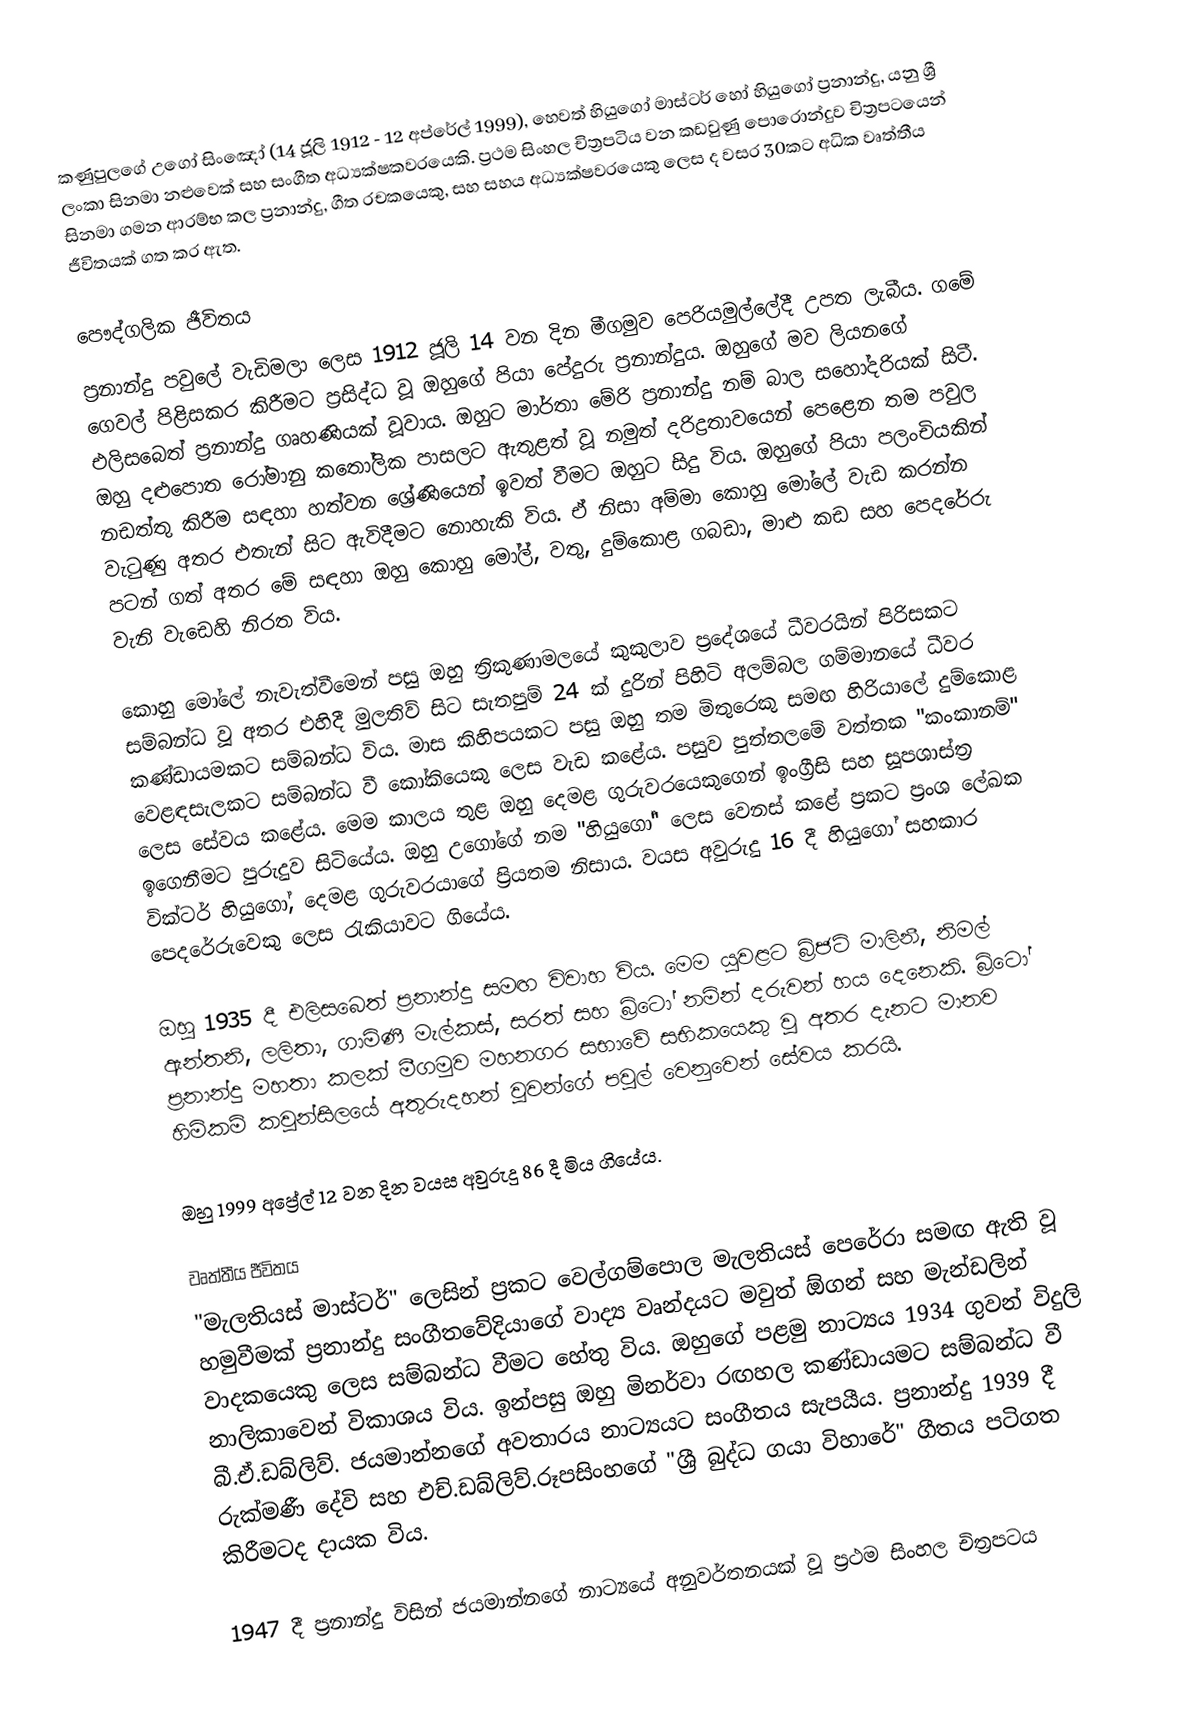
කණුපුලගේ උගෝ සිංඤෝ (14 ජූලි 1912 - 12 අප්රේල් 1999), හෙවත් හියුගෝ මාස්ටර් හෝ හියුගෝ ප්‍රනාන්දු, යනු ශ්‍රී ලංකා සිනමා නළුවෙක් සහ සංගීත අධ්‍යක්ෂකවරයෙකි. ප්‍රථම සිංහල චිත්‍රපටිය වන කඩවුණු පොරොන්දුව චිත්‍රපටයෙන් සිනමා ගමන ආරම්භ කල ප්‍රනාන්දු, ගීත රචකයෙකු, සහ සහය අධ්‍යක්ෂවරයෙකු ලෙස ද වසර 30කට අධික වෘත්තීය ජීවිතයක් ගත කර ඇත.

පෞද්ගලික ජීවිතය
ප්‍රනාන්දු පවුලේ වැඩිමලා ලෙස 1912 ජූලි 14 වන දින මීගමුව පෙරියමුල්ලේදී උපත ලැබීය. ගමේ ගෙවල් පිළිසකර කිරීමට ප්‍රසිද්ධ වූ ඔහුගේ පියා පේදුරු ප්‍රනාන්දුය. ඔහුගේ මව ලියනගේ එලිසබෙත් ප්‍රනාන්දු ගෘහණියක් වූවාය. ඔහුට මාර්තා මේරි ප්‍රනාන්දු නම් බාල සහෝදරියක් සිටී. ඔහු දළුපොත රෝමානු කතෝලික පාසලට ඇතුළත් වූ නමුත් දරිද්‍රතාවයෙන් පෙළෙන තම පවුල නඩත්තු කිරීම සඳහා හත්වන ශ්‍රේණියෙන් ඉවත් වීමට ඔහුට සිදු විය. ඔහුගේ පියා පලංචියකින් වැටුණු අතර එතැන් සිට ඇවිදීමට නොහැකි විය. ඒ නිසා අම්මා කොහු මෝලේ වැඩ කරන්න පටන් ගත් අතර මේ සඳහා ඔහු කොහු මෝල්, වතු, දුම්කොළ ගබඩා, මාළු කඩ සහ පෙදරේරු වැනි වැඩෙහි නිරත විය.

කොහු මෝලේ නැවැත්වීමෙන් පසු ඔහු ත්‍රිකුණාමලයේ කුකුලාව ප්‍රදේශයේ ධීවරයින් පිරිසකට සම්බන්ධ වූ අතර එහිදී මුලතිව් සිට සැතපුම් 24 ක් දුරින් පිහිටි අලම්බල ගම්මානයේ ධීවර කණ්ඩායමකට සම්බන්ධ විය. මාස කිහිපයකට පසු ඔහු තම මිතුරෙකු සමඟ හිරියාලේ දුම්කොළ වෙළඳසැලකට සම්බන්ධ වී කෝකියෙකු ලෙස වැඩ කළේය. පසුව පුත්තලමේ වත්තක "කංකානම්" ලෙස සේවය කළේය. මෙම කාලය තුළ ඔහු දෙමළ ගුරුවරයෙකුගෙන් ඉංග්‍රීසි සහ සූපශාස්ත්‍ර ඉගෙනීමට පුරුදුව සිටියේය. ඔහු උගෝගේ නම "හියුගෝ" ලෙස වෙනස් කළේ ප්‍රකට ප්‍රංශ ලේඛක වික්ටර් හියුගෝ, දෙමළ ගුරුවරයාගේ ප්‍රියතම නිසාය. වයස අවුරුදු 16 දී හියුගෝ සහකාර පෙදරේරුවෙකු ලෙස රැකියාවට ගියේය.

ඔහු 1935 දී එලිසබෙත් ප්‍රනාන්දු සමඟ විවාහ විය. මෙම යුවළට බ්‍රිජට් මාලිනී, නිමල් ඇන්තනි, ලලිතා, ගාමිණී මැල්කස්, සරත් සහ බ්‍රිටෝ නමින් දරුවන් හය දෙනෙකි. බ්‍රිටෝ ප්‍රනාන්දු මහතා කලක් මීගමුව මහනගර සභාවේ සභිකයෙකු වූ අතර දැනට මානව හිමිකම් කවුන්සිලයේ අතුරුදහන් වූවන්ගේ පවුල් වෙනුවෙන් සේවය කරයි.

ඔහු 1999 අප්‍රේල් 12 වන දින වයස අවුරුදු 86 දී මිය ගියේය.

වෘත්තීය ජීවිතය
"මැලතියස් මාස්ටර්" ලෙසින් ප්‍රකට වෙල්ගම්පොල මැලතියස් පෙරේරා සමඟ ඇති වූ හමුවීමක් ප්‍රනාන්දු සංගීතවේදියාගේ වාද්‍ය වෘන්දයට මවුත් ඕගන් සහ මැන්ඩලින් වාදකයෙකු ලෙස සම්බන්ධ වීමට හේතු විය. ඔහුගේ පළමු නාට්‍යය 1934 ගුවන් විදුලි නාලිකාවෙන් විකාශය විය. ඉන්පසු ඔහු මිනර්වා රඟහල කණ්ඩායමට සම්බන්ධ වී බී.ඒ.ඩබ්ලිව්. ජයමාන්නගේ අවතාරය නාට්‍යයට සංගීතය සැපයීය. ප්‍රනාන්දු 1939 දී රුක්මණී දේවි සහ එච්.ඩබ්ලිව්.රූපසිංහගේ "ශ්‍රී බුද්ධ ගයා විහාරේ" ගීතය පටිගත කිරීමටද දායක විය.

1947 දී ප්‍රනාන්දු විසින් ජයමාන්නගේ නාට්‍යයේ අනුවර්තනයක් වූ ප්‍රථම සිංහල චිත්‍රපටය